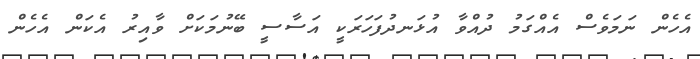
އެހެން ނަމަވެސް އެއްގަމު ދުއްވާ އުޅަނދުފަހަރަކީ އަސާސީ ބޭނުމަކަށް ވާއިރު އެކަން އެހެން